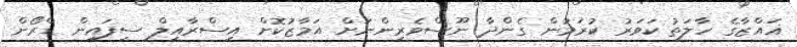
ޣައްޒާގެ ހާލަތު ކަވަރު ކުރަމުން ގެންދާ ނޫސްވެރިންނަށް އަމާޒުކޮށް އިސްރާއީލް ސިފައިން ޑްރޯން